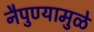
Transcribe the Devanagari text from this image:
नैपुण्यामुळे